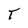
Character: T